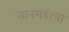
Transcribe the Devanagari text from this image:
सानगडीचा